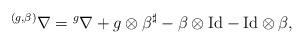
LaTeX: \begin{align*}{}^{(g,\beta)}\nabla={}^g\nabla+g\otimes \beta^{\sharp}-\beta\otimes\mathrm{Id}-\mathrm{Id}\otimes \beta, \end{align*}